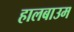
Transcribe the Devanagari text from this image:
हालबाउम